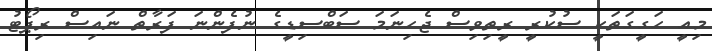
މިއީ ހަގީގަތަކީ ސުކުރީ ރީތިވިސް ޖެހިނަމަ ސަބްސިޑީގެ ނުފެންނަ ފަރާތް ނައިސް ރިޕޯޓު